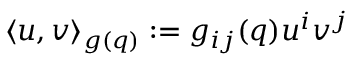
\begin{array} { r } { \langle u , v \rangle _ { g ( q ) } : = g _ { i j } ( q ) u ^ { i } v ^ { j } } \end{array}